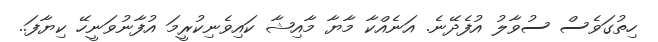
ހިތުގަވެސް ސުވާލު އުފެދޭނެ. އަނެއްކާ މާޔާ މާއިޝާ ކައިވެނިކުރީމަ އުފާނުވަނީހޭ ކިޔާފަ..